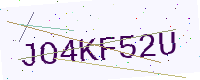
Text: JO4KF52U